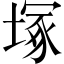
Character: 塚